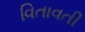
વિતાવતી